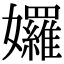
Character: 𡤢